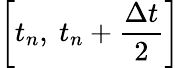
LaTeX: \left[{{t}_{n}},\ {{t}_{n}}+\frac{\Delta t}{2}\right]